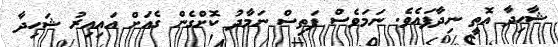
ޝާހިދާ އޮތީ ނިދާފައެވެ. ނަމަވެސް ފަތިސް ނަމާދު ކޮށްގެން ގެއަށް އައިއިރު ޝަހިދާ